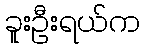
ခူးဦးရယ်က